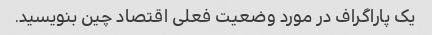
یک پاراگراف در مورد وضعیت فعلی اقتصاد چین بنویسید.